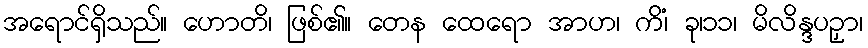
အရောင်ရှိသည်။ ဟောတိ၊ ဖြစ်၏။ တေန ထေရော အာဟ၊ ကိံ၊ ခု၊၁၁၊ မိလိန္ဒပဉှာ၊